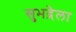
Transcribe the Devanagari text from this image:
सुभद्रेला